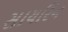
સાયરિન